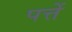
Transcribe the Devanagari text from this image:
पत्तें